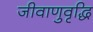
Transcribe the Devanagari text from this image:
जीवाणुवृद्धि